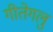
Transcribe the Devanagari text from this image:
गीतेगलु